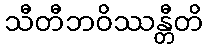
သီတီဘဝိဿန္တီတိ